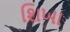
શિખા